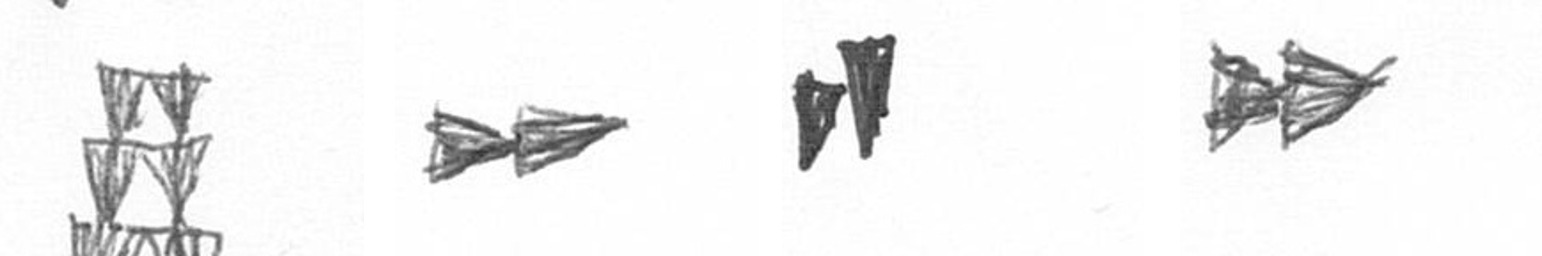
Y A M A